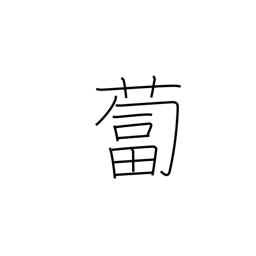
Meaning: daikon